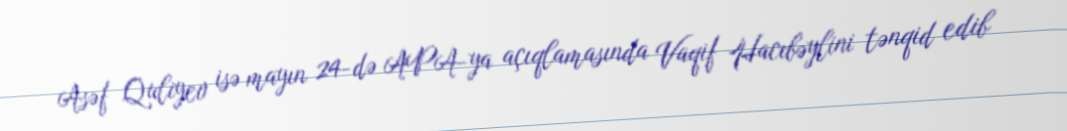
Asəf Quliyev isə mayın 24-də APA-ya açıqlamasında Vaqif Hacıbəylini tənqid edib